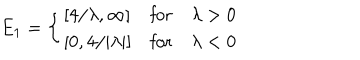
E _ { 1 } = \left\{ \begin{array} { l l l } { { \left[ 4 / \lambda , \infty \right] } } & { { \mathrm { f o r } } } & { { \lambda > 0 } } \\ { { \left[ 0 , 4 / | \lambda | \right] } } & { { \mathrm { f o r } } } & { { \lambda < 0 } } \\ \end{array} \right.